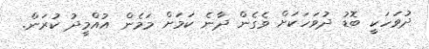
ދުވަހަކީ ބޮޑު ދުވަހަކަށް ވެގެން ދާނެ ކަމަށް މަމެން އުއްމީދު ކުރަން.